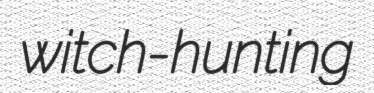
witch-hunting